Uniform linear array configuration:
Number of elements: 48
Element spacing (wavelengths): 1
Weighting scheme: blackman
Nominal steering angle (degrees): -30
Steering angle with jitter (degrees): -28.332
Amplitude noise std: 0.05
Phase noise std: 0.05

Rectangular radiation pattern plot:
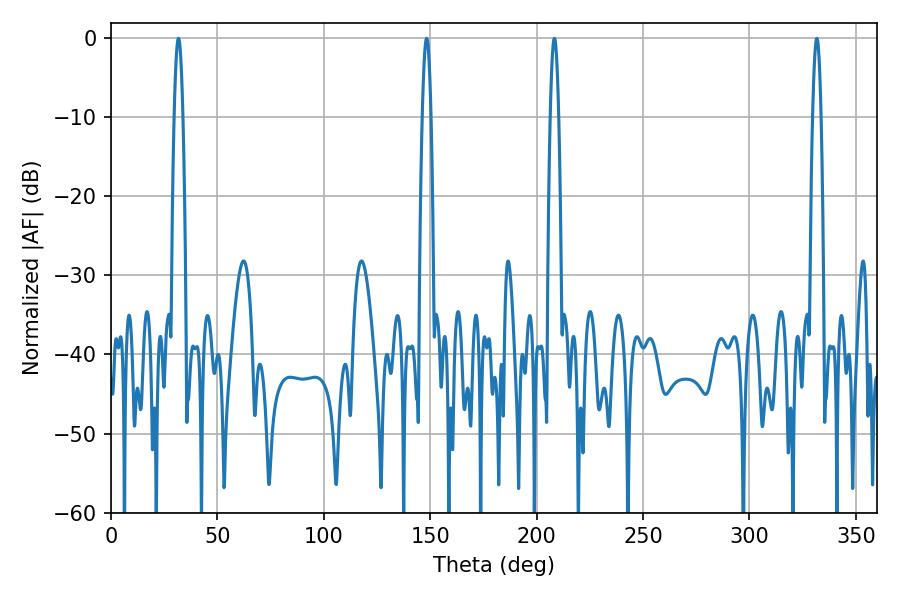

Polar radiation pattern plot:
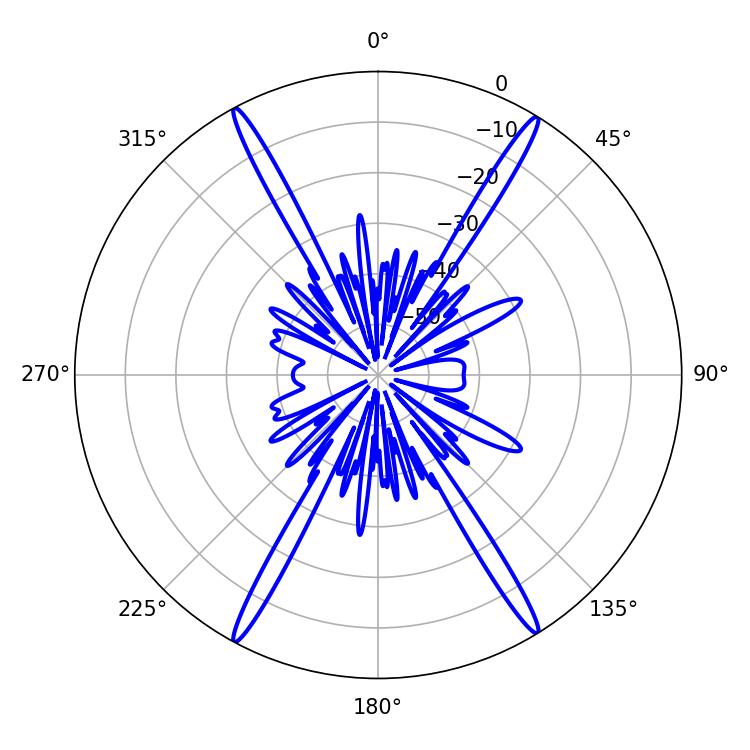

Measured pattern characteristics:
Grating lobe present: TRUE
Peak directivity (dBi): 25.316
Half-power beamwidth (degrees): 2.16
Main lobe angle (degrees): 148.32